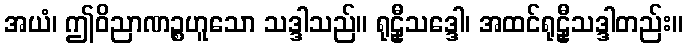
အယံ၊ ဤဝိညာဏဉ္စဟူသော သဒ္ဒါသည်။ ရုဠှီသဒ္ဒေါ၊ အထင်ရုဠှီသဒ္ဒါတည်း။